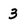
Character: 3